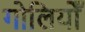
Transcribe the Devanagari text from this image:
गोलियोँ